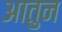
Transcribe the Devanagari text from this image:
आतुन